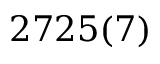
2 7 2 5 ( 7 )